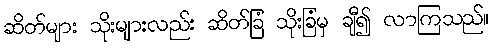
ဆိတ်များ သိုးများလည်း ဆိတ်ခြံ သိုးခြံမှ ချီ၍ လာကြသည်။